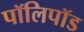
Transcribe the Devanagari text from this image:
पॉलिपॉड